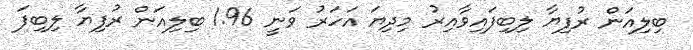
ބިލިއަން ރުފިޔާ ލިބިފައިވާއިރު މިދިޔަ އަހަރު ވަނީ 1.96 ބިލިއަން ރުފިޔާ ލިބިފަ